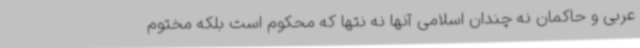
عربی و حاکمان نه چندان اسلامی آنها نه نتها که محکوم است بلکه مختوم